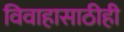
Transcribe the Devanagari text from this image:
विवाहासाठीही